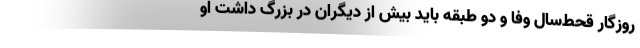
روزگار قحط‌سالِ وفا و دو طبقه باید بیش از دیگران در بزرگ داشت او